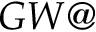
G W @